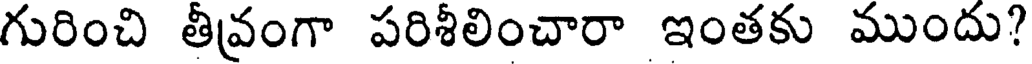
గురించి తీవ్రంగా పరిశీలించారా ఇంతకు ముందు?